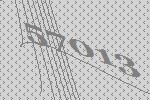
57013